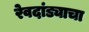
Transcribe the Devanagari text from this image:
रेवदांड्याचा